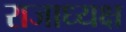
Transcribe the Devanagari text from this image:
राजाध्‍यक्ष